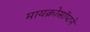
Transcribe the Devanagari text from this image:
मायक्रोसॉप्टने